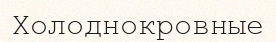
Холоднокровные